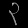
Digit: ၃